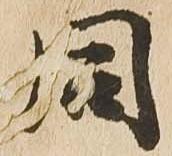
同